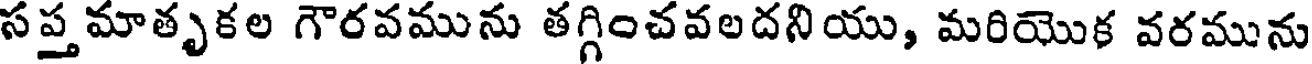
సప్తమాతృకల గౌరవమును తగ్గించవలదనియు, మరియొక వరమును